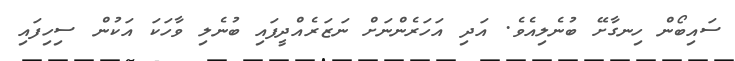
ސައިބޯން ހިނގާށޭ ބުނެލިއެވެ. އަދި އަހަރެންނަށް ނަޒަރެއްދީފައި ބުނެލި ވާހަކަ އަކުން ސިހިފައި